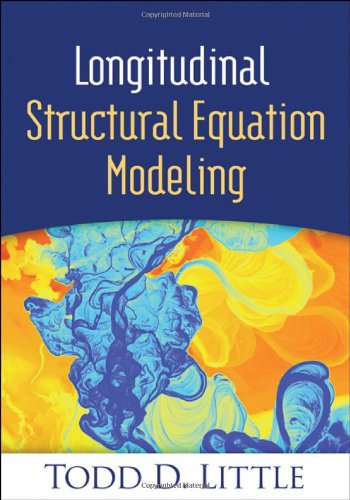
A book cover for Longitudinal Structural Equation Modeling (Methodology in the Social Sciences); Todd D. Little; Medical Books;